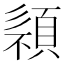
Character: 𩓄